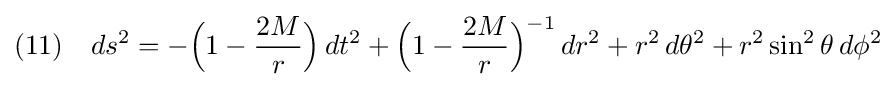
(11)\quad ds^{2}=-{\Big (}1-{\frac {2M}{r}}{\Big )}\,dt^{2}+{\Big (}1-{\frac {2M}{r}}{\Big )}^{-1}\,dr^{2}+r^{2}\,d\theta ^{2}+r^{2}\sin ^{2}\theta \,d\phi ^{2}